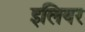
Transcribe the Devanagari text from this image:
इलियर